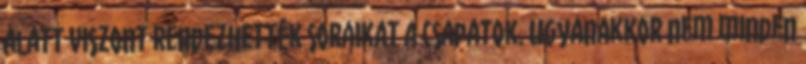
alatt viszont rendezhették soraikat a csapatok. Ugyanakkor nem minden